Vaccination report Assam 1896-1927 - 1896-1927
Year: 1896
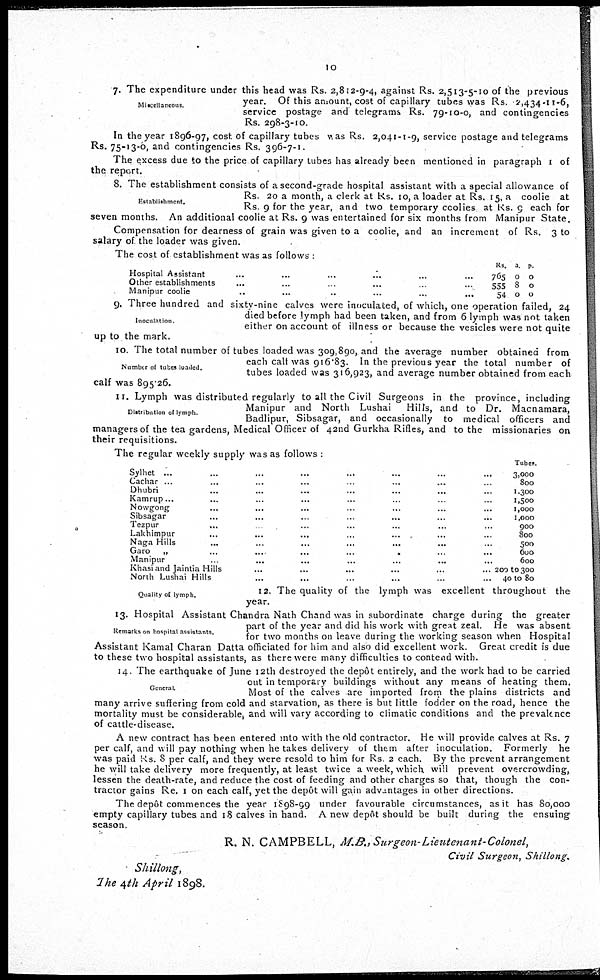
10
Miscellancous.
7. The expenditure under this head was Rs. 2,812-9-4, against Rs. 2,513-5-10 of the previous
year. Of this amount, cost of capillary tubes was Rs. 2,434-11-6,
service postage and telegrams Rs. 79-10-0, and contingencies
Rs. 298-3-10.
In the year 1896-97, cost of capillary tubes was Rs. 2,041-1-9, service postage and telegrams
Rs. 75-13-0, and contingencies Rs. 396-7-1.
The excess due to the price of capillary tubes has already been mentioned in paragraph 1 of
the report.
Establishment.
8. The establishment consists of a second-grade hospital assistant with a special allowance of
Rs. 20 a month, a clerk at Rs. 10, a loader at Rs. 15. a coolie at
Rs. 9 for the year, and two temporary ccolies at Rs. 9 each for
seven months. An additional coolie at Rs. 9 was entertained for six months from Manipur State.
Compensation for dearness of grain was given to a coolie, and an increment of Rs. 3 to
salary of the loader was given.
The cost of establishment was as follows :
Hospital Assistant
...
...
...
.'..
Other establishments
...
...
. .
Manipur coolie
..
...
..
...
...
...
Rs.
765
555
54
a
0
8
0
p.
0
0
0
Inoculation.
9. Three hundred and sixty-nine calves were inoculated, of which, one operation failed, 24
died before lymph had been taken, and from 6 lymph was not taken
either on account of illness or because the vesicles were not quite
up to the mark.
Number of tubes loaded.
10. The total number of tubes loaded was 309,890, and the average number obtained from
each calf was 916.83. In the previous year the total number of
tubes loaded was 316,923, and average number obtained from each
calf was 895.26.
Distribution of lymph.
11. Lymph was distributed regularly to all the Civil Surgeons in the province, including
Manipur and North Lushai
Hills, and to Dr. Macnamara,
Badlipur, Sibsagar, and occasionally to medical officers and
managers of the tea gardens, Medical Officer of 42nd Gurkha Rifles, and to the missionaries on
their requisitions.
The regular weekly supply was as follows :
Sylhet ... ... ... ... ... ... ... ...
Cachar ... ... ... ... ... ... ... ...
Dhubri ... ... ... ... ... ... ...
Kamrup... ... ... ... ... ... ...
Nowgong ... ... ... ... ... ... ...
Sibsagar ... ... ... ... ... ... ...
Tezpur ... ... ... ... ... ... ...
Lakhimpur ... ... ... ... ... ... ...
Naga Hills ... ... ... ... ... ... ...
Garo „
...
...
...
...
...
...
...
Manipur ... ... ... ... ... ... ...
Khasi and Jaintia Hills ... ... ... ... ... ...
North Lushai Hills ... ... ... ... ... ... ...
Tubes.
3,000
800
1,300
1,500
1,000
1,000
900
800
500
600
600
200 to 300
40 to 80
Quality of lymph.
12. The quality of the lymph was excellent throughout the
year.
Remarks on hospital assistants.
13. Hospital Assistant Chandra Nath Chand was in subordinate charge during the greater
part of the year and did his work with great zeal. He was absent
for two months on leave during the working season when Hospital
Assistant Kamal Charan Datta officiated for him and also did excellent work. Great credit is due
to these two hospital assistants, as there were many difficulties to contend with.
General.
14. The earthquake of June 12th destroyed the depôt entirely, and the work had to be carried
out in temporary buildings without any means of heating them.
Most of the calves are imported from the plains districts and
many arrive suffering from cold and starvation, as there is but little fodder on the road, hence the
mortality must be considerable, and will vary according to climatic conditions and the prevalence
of cattle-disease.
A new contract has been entered into with the old contractor. He will provide calves at Rs. 7
per calf, and will pay nothing when he takes delivery of them after inoculation. Formerly he
was paid Rs. 8 per calf, and they were resold to him for Rs 2 each. By the prevent arrangement
he will take delivery more frequently, at least twice a week, which will prevent overcrowding,
lessen the death-rate, and reduce the cost of feeding and other charges so that, though the con-
tractor gains Re. 1 on each calf, yet the depôt will gain advantages in other directions.
The depôt commences the year 1898-99 under favourable circumstances, as it has 80,000
empty capillary tubes and 18 calves in hand. A new depôt should be built during the ensuing
season.
R. N. CAMPBELL, M.B., Surgeon-Lieutenant-Colonel,
Civil Surgeon,
Shillong.
Shillong,
The 4th April 1898.